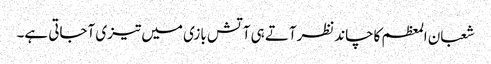
شعبان المعظم کاچاندنظرآتے ہی آتش بازی میں تیزی آجاتی ہے۔